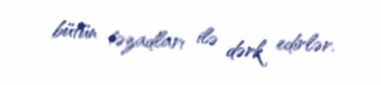
bütün təzadları ilə dərk edirlər.